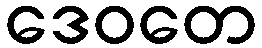
ဒေဝတေ